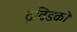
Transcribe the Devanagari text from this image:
द्रविडको